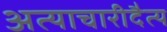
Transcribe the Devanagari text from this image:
अत्याचारीदैत्य